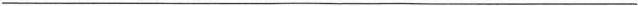
___